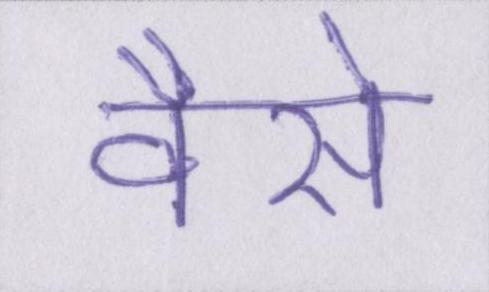
वैसे